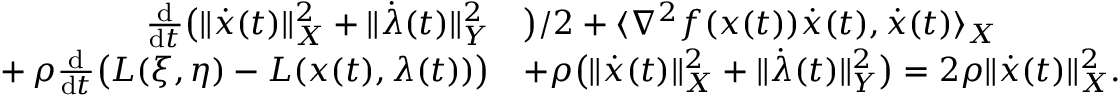
\begin{array} { r l } { \frac { \mathrm { d } } { \mathrm { d } t } \big ( \lVert \dot { x } ( t ) \rVert _ { X } ^ { 2 } + \lVert \dot { \lambda } ( t ) \rVert _ { Y } ^ { 2 } } & { \big ) / 2 + \langle \nabla ^ { 2 } f ( x ( t ) ) \dot { x } ( t ) , \dot { x } ( t ) \rangle _ { X } } \\ { + \, \rho \frac { \mathrm { d } } { \mathrm { d } t } \big ( L ( \xi , \eta ) - L ( x ( t ) , \lambda ( t ) ) \big ) } & { + \rho \big ( \lVert \dot { x } ( t ) \rVert _ { X } ^ { 2 } + \lVert \dot { \lambda } ( t ) \rVert _ { Y } ^ { 2 } \big ) = 2 \rho \lVert \dot { x } ( t ) \rVert _ { X } ^ { 2 } . } \end{array}